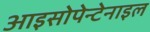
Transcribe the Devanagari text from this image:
आइसोपेन्टेनाइल